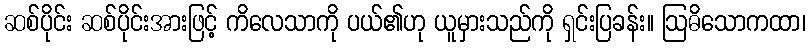
ဆစ်ပိုင်း ဆစ်ပိုင်းအားဖြင့် ကိလေသာကို ပယ်၏ဟု ယူမှားသည်ကို ရှင်းပြခန်း။ ဩဓိသောကထာ၊